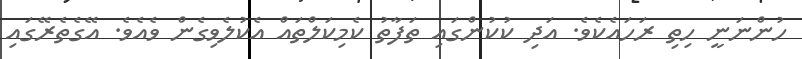
ހުންނަނީ ހިތި ރަހައެކެވެ. އަދި ކުކުންގައި ތަފާތު ކެމިކަލްތައް އެކުލެވިގެން ވެއެވެ. އޭގެތެރޭގައި